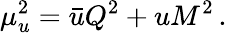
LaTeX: \mu_{u}^{2}=\bar{u}Q^{2}+uM^{2}\, .